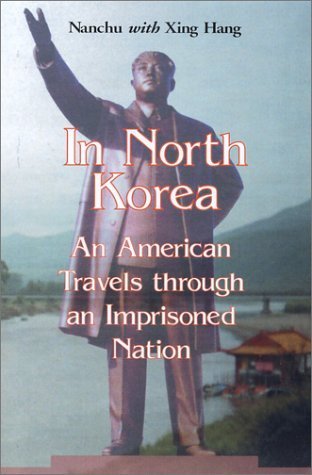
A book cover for In North Korea: An American Travels Through an Imprisoned Nation by Nanchu, Xing Hang (2003) Paperback; Xing Hang Nanchu; Travel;